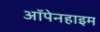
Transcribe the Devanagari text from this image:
ऑपेनहाइम